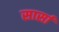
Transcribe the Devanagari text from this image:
सार्सा